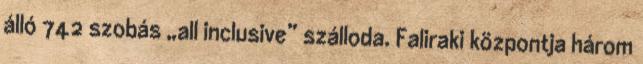
álló 742 szobás „all inclusive” szálloda. Faliraki központja három